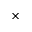
\times